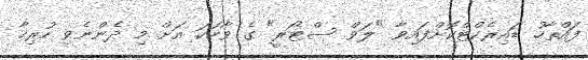
ފައްތާހު ޑައިރެކްޓްކޮށްފައިވާ "ލަވް ސްޓޯރީ" ގެ ވާހަކަ އަށް މި ދެންނެވި ހުރިހާ